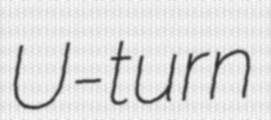
U-turn